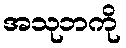
အသုဘကို